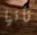
تأتيا